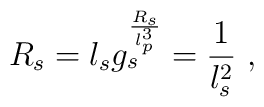
R_s = l_s g_s \sp\frac{R_s}{l_p^3} = \frac{1}{l_s^2} \ ,